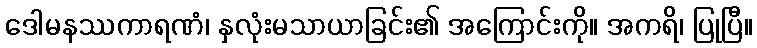
ဒေါမနဿကာရဏံ၊ နှလုံးမသာယာခြင်း၏ အကြောင်းကို။ အကရိ၊ ပြုပြီ။